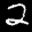
Label: 2